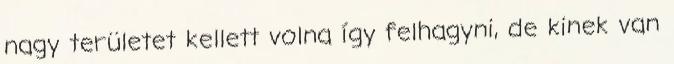
nagy területet kellett volna így felhagyni, de kinek van